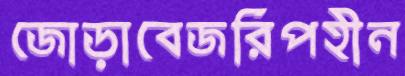
জোড়াবেজরিপহীন